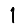
Digit: 1